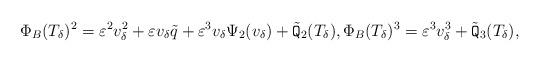
LaTeX: \begin{align*}\Phi_B(T_{\delta})^2=\varepsilon^2 v_{\delta}^2+\varepsilon v_{\delta}\tilde{q}+\varepsilon^3 v_{\delta}\Psi_2(v_{\delta})+\tilde{\mathtt{Q}}_2(T_{\delta}), \Phi_B(T_{\delta})^3=\varepsilon^3 v_{\delta}^3+\tilde{\mathtt{Q}}_3(T_{\delta}),\end{align*}